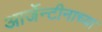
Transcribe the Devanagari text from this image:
आर्जेन्टीनाच्या